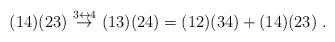
LaTeX: \begin{align*} (14)(23) \ {\stackrel{3\leftrightarrow 4}{\rightarrow}}\ (13)(24) = (12)(34) + (14)(23)\;.\end{align*}